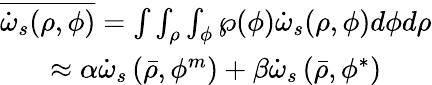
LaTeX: \begin{array}{c}{{{\overline{{{\dot{\omega}_{s}(\rho,\phi)}}}=\int\int_{\rho}\int_{\phi}\wp(\phi)\dot{\omega}_{s}(\rho,\phi)d\phi d\rho}}}\\ {{{\approx\alpha\dot{\omega}_{s}\left(\bar{\rho},\phi^{m}\right)+\beta\dot{\omega}_{s}\left(\bar{\rho},\phi^{*}\right)}}}\end{array}